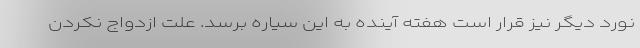
نورد دیگر نیز قرار است هفته آینده به این سیاره برسد. علت ازدواج نکردن